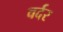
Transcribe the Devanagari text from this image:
वर्दर